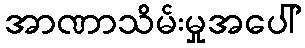
အာဏာသိမ်းမှုအပေါ်